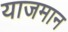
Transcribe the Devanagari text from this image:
याजमान